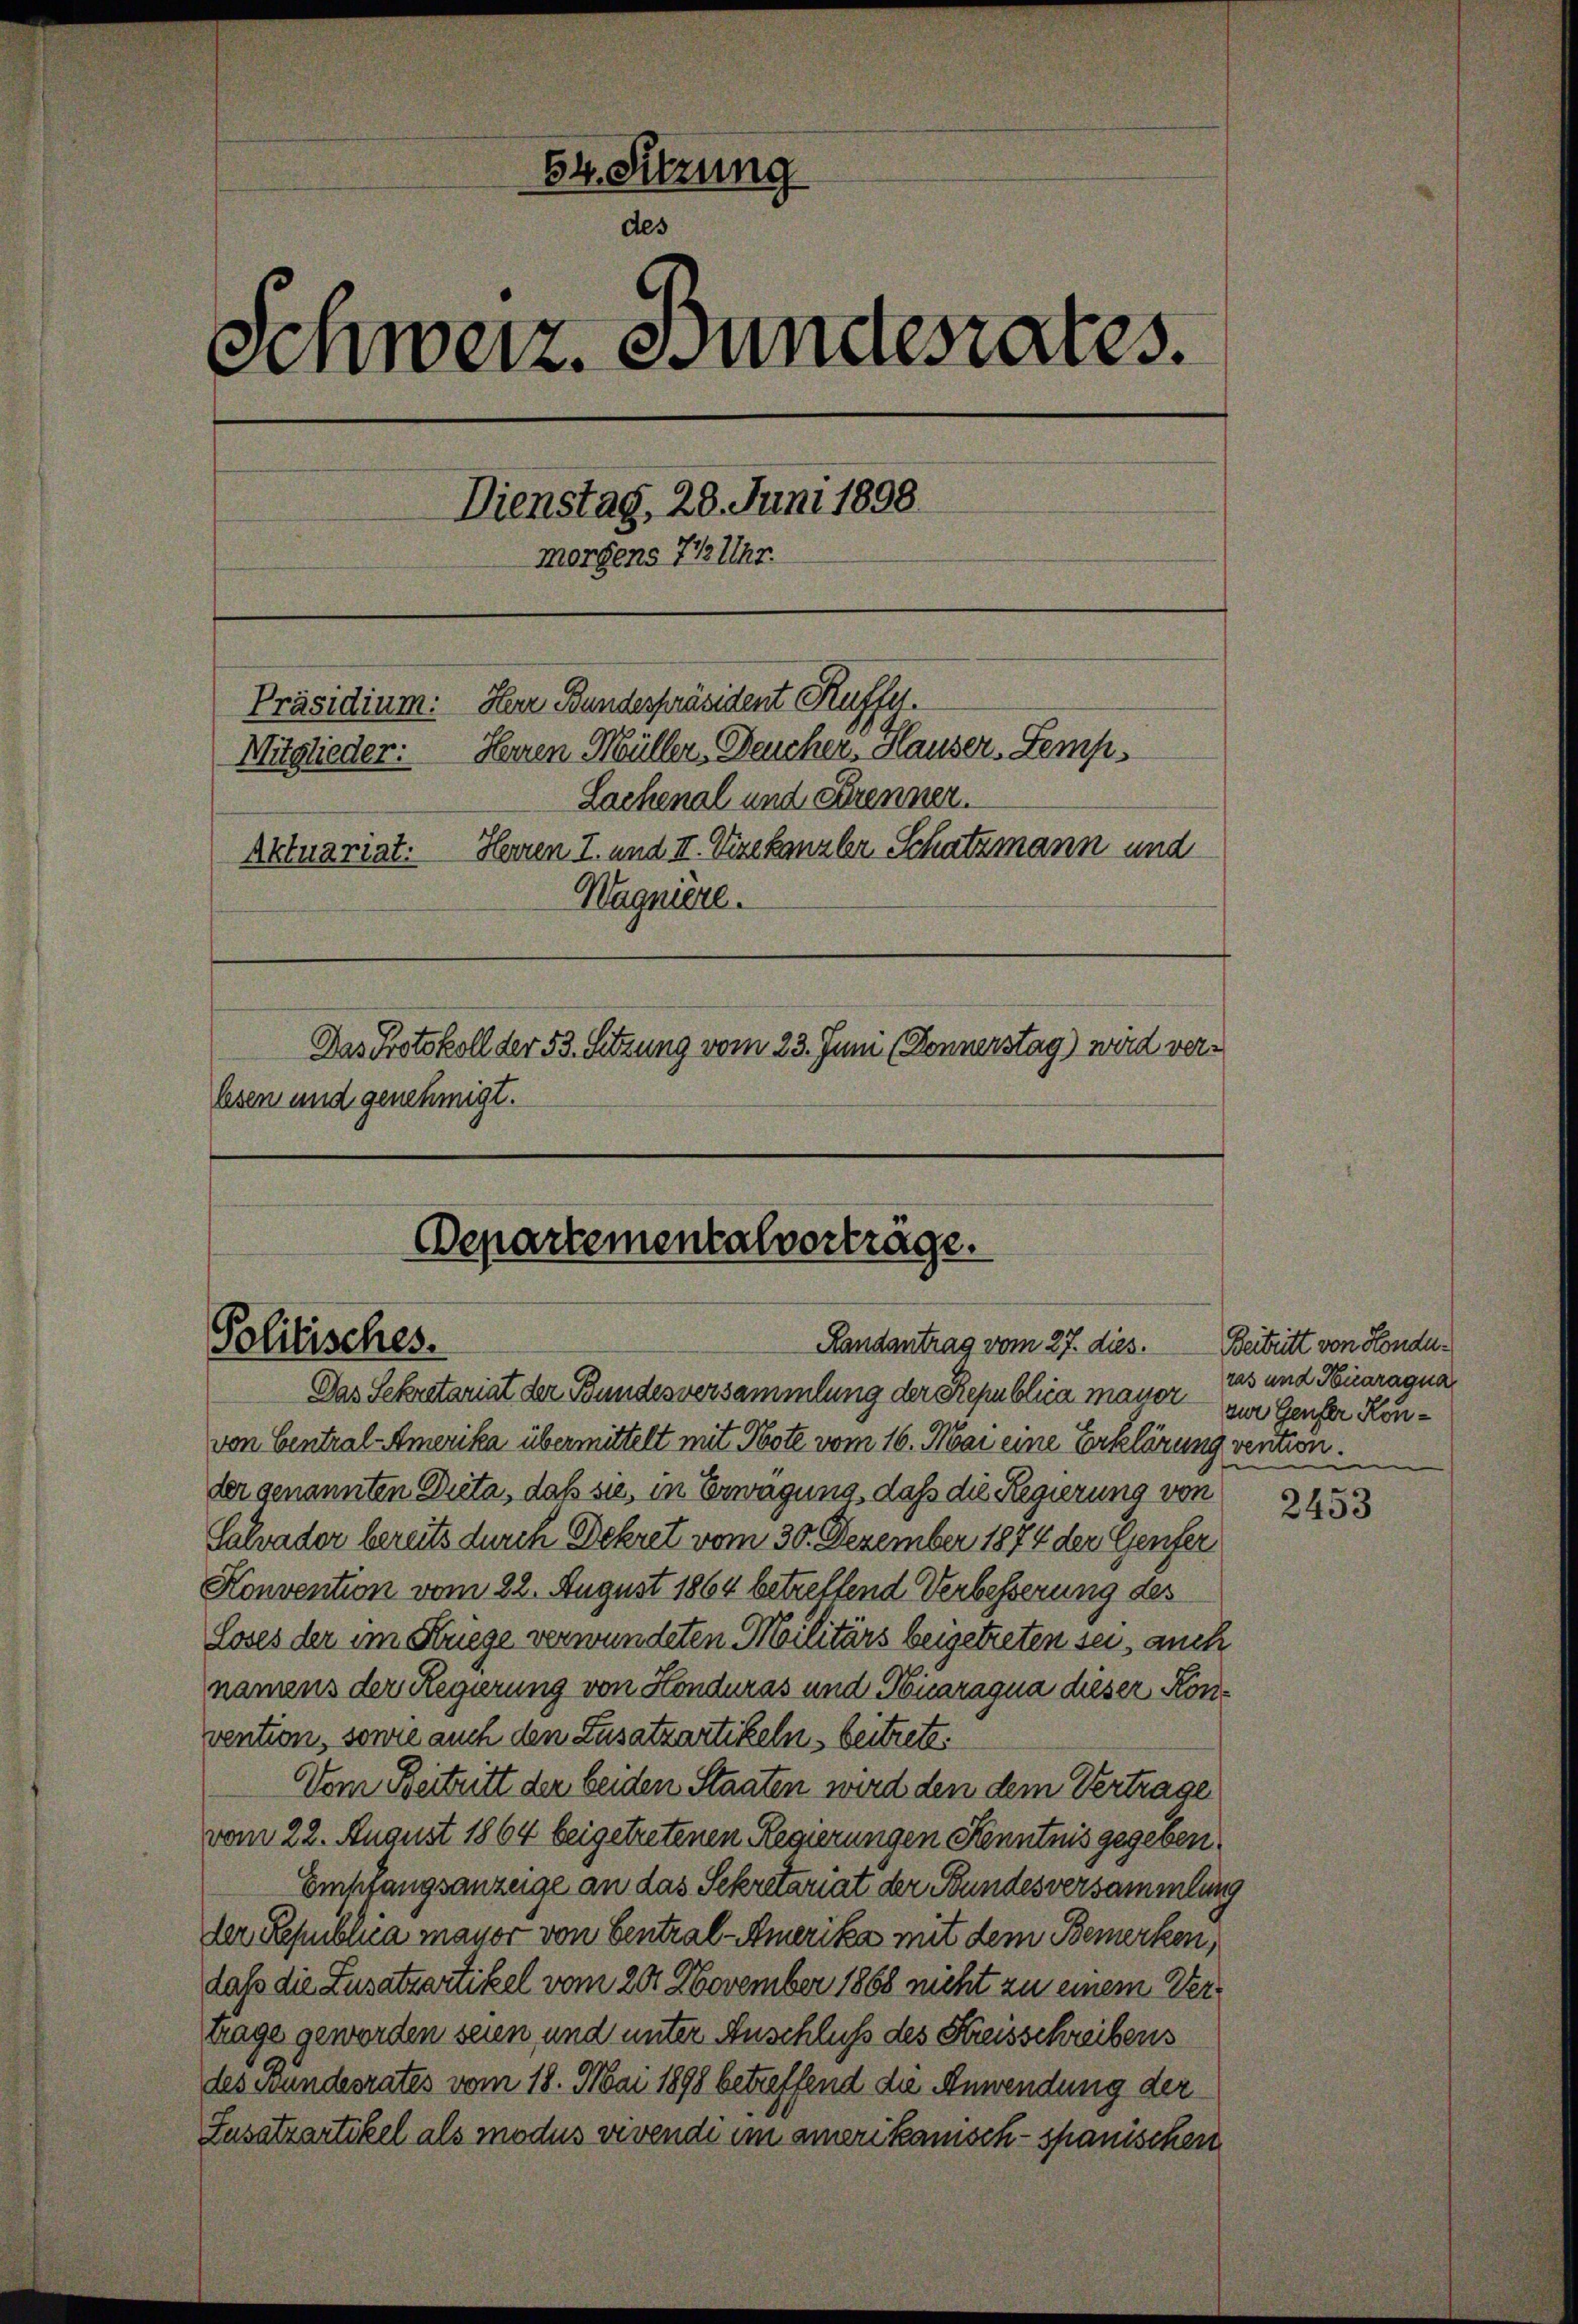
64. Sitzung
des
Schweiz. Bundesrates.
Dienstag, 28. Juni 1890
morgens 7 Uhr.
Präsidium: Herr Bundespräsident Kuffel.
Mitglieder: Herren Müller, Deucher, Hauser, Temp
Lachenal und Krenner.
Herren I. und II. Vizekanzler Schatzmann und
Aktuariat.
Wagnière.
Das Protokoll der 53. Sitzung vom 23. Juni (Donnerstag) wird verlesen und genehmigt.

Departementalvorträge.
Randantrag vom 27. dies.
Politisches.

Das Sekretariat der Bundesversammlung der Republica masser zur Genfer Konvon Central-Amerika übermittelt mit Note vom 16. Mai eine Erklärung vention.
der genannten Dieta, daß sie, in Erwägung, daß die Regierung von
Salvader bereits durch Dekret vom 30. Dezember 1874 der Genfer
Konvention vom 22. August 1864 betreffend Verbesserung des
Loses der im Kriege verwundeten Militärs beigetreten sei, auch
namens der Regierung von Konduras und Nicaragua dieser Konvention, sowie auch den Zusatzartikeln beitrete.
Vom Beitritt der beiden Staaten wird den dem Vertrage
vom 22. August 1864 beigetretenen Regierungen Kenntnis gegeben,
Empfangsanzeige an das Sekretariat der Bundesversammlung
der Republica major von Central-Amerika mit dem Bemerken,
daß die Zusatzartikel vom 20. November 1868 nicht zu einem Vertrage geworden seien, und unter Anschluß des Kreisschreibens
des Bundesrates vom 18. Mai 1898 betreffend die Anwendung der
Zusatzartikel als modus vivendi im amerikanisch-spanischen

Beitritt von Hondu.
ras und Neuaragua

2453